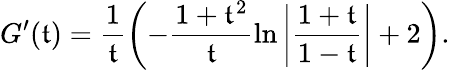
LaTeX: G^{\prime}(\mathfrak{t})=\frac{{1}}{{\mathfrak{t}}}\left(-\frac{{1+\mathfrak{t}^{2}}}{{\mathfrak{t}}}\ln\left|\frac{{1+\mathfrak{t}}}{{1-\mathfrak{t}}}\right|+2\right).